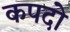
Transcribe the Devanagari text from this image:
कपदो